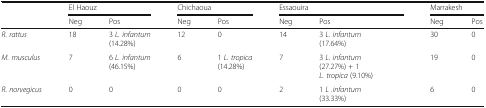
<table><thead><tr><td rowspan="2"></td><td colspan="2"><b>El Haouz</b></td><td colspan="2"><b>Chichaoua</b></td><td colspan="2"><b>Essaouira</b></td><td colspan="2"><b>Marrakesh</b></td></tr><tr><td><b>Neg</b></td><td><b>Pos</b></td><td><b>Neg</b></td><td><b>Pos</b></td><td><b>Neg</b></td><td><b>Pos</b></td><td><b>Neg</b></td><td><b>Pos</b></td></tr></thead><tbody><tr><td><i>R. rattus</i></td><td>18</td><td>3 <i>L. infantum</i>(14.28%)</td><td>12</td><td>0</td><td>14</td><td>3 <i>L. infantum</i>(17.64%)</td><td>30</td><td>0</td></tr><tr><td><i>M. musculus</i></td><td>7</td><td>6 <i>L. infantum</i>(46.15%)</td><td>6</td><td>1 <i>L. tropica</i>(14.28%)</td><td>7</td><td>3 <i>L. infantum</i> (27.27%) + 1 <i>L. tropica</i> (9.10%)</td><td>19</td><td>0</td></tr><tr><td><i>R. norvegicus</i></td><td>0</td><td>0</td><td>0</td><td>0</td><td>2</td><td>1 <i>L .infantum</i>(33.33%)</td><td>6</td><td>0</td></tr></tbody></table>